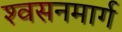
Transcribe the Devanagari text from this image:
श्‍वसनमार्ग